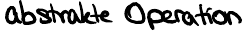
abstrakte Operation